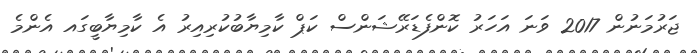
ޖަރުމަނުން 2017 ވަނަ އަހަރު ކޮންފެޑަރޭޝަންސް ކަޕް ކާމިޔާބުކުރިއިރު އެ ކާމިޔާބީގައ އެންމެ